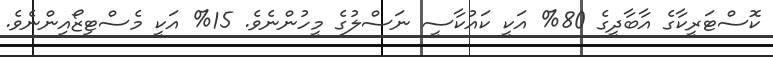
ކޮސްޓަރީކާގެ އާބާދީގެ 80% އަކީ ކައުކާސީ ނަސްލުގެ މީހުންނެވެ. 15% އަކީ މެސްޓިޒޯއިންނެވެ.